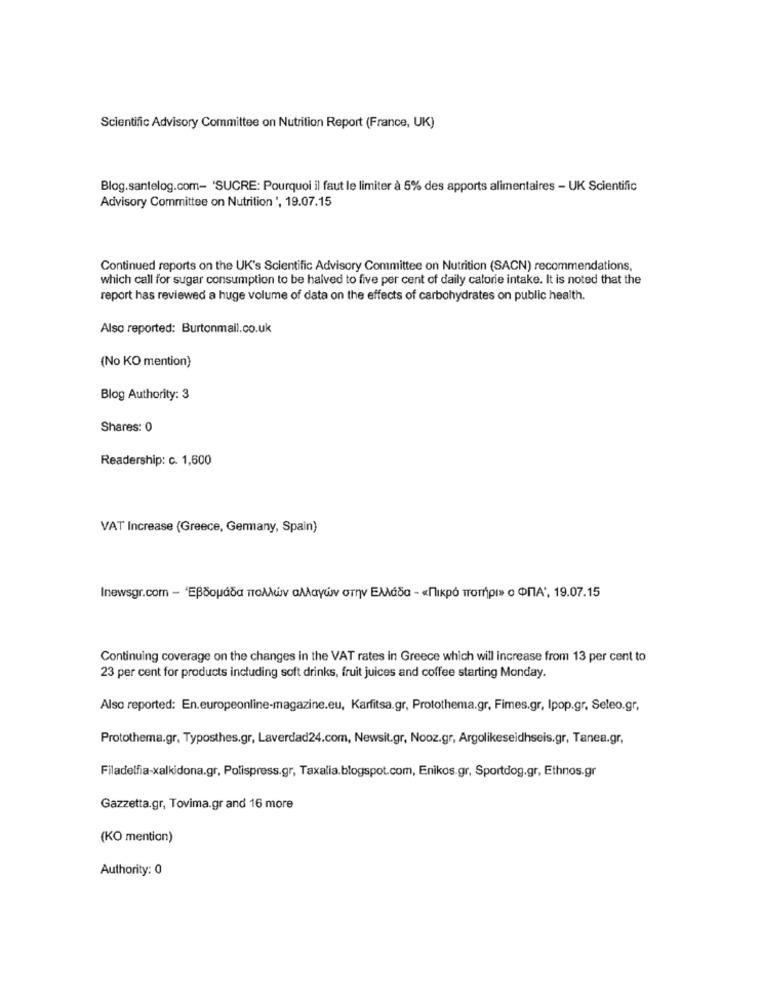
Scientific Advisory Committee on Nutrition Report (France, UK)
Blog.santelog.com- 'SUCRE: Pourquoi il faut le limiter à 5% des apports alimentaires - UK Scientific
Advisory Committee on Nutrition ', 19.07.15
Continued reports on the UK's Scientific Advisory Committee on Nutrition (SACN) recommendations,
which call for sugar consumption to be halved to five per cent of daily calorie intake. It is noted that the
report has reviewed a huge volume of data on the effects of carbohydrates on public health.
Also reported: Burtonmail.co.uk
(No KO mention)
Blog Authority: 3
Shares: 0
Readership: c. 1,600
VAT Increase (Greece, Germany, Spain)
Inewsgr.com - 'ЕВбораба поллиv aллаүйv отпу Еллаба - «Пикро торI» о ФПА, 19.07.15
Continuing coverage on the changes in the VAT rates in Greece which will increase from 13 per cent to
23 per cent for products including soft drinks, fruit juices and coffee starting Monday.
Also reported: En.europeonline-magazine.eu, Karfitsa.gr, Protothema.gr, Fimes.gr, Ipop.gr, Seleo.gr,
Protothema.gr, Typosthes.gr, Laverdad24.com, Newsit.gr, Nooz.gr, Argolikeseidhseis.gr, Tanea.gr,
Filadelfia-xalkidona.gr, Polispress.gr, Taxalia.blogspot.com, Enikos.gr, Sportdog.gr, Ethnos.gr
Gazzetta.gr, Tovima.gr and 16 more
(KO mention)
Authority: 0